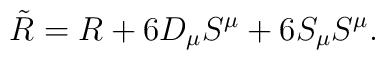
\tilde{R} = R + 6 D_\mu S^\mu + 6 S_\mu S^\mu .